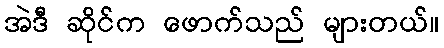
အဲဒီ ဆိုင်က ဖောက်သည် များတယ်။